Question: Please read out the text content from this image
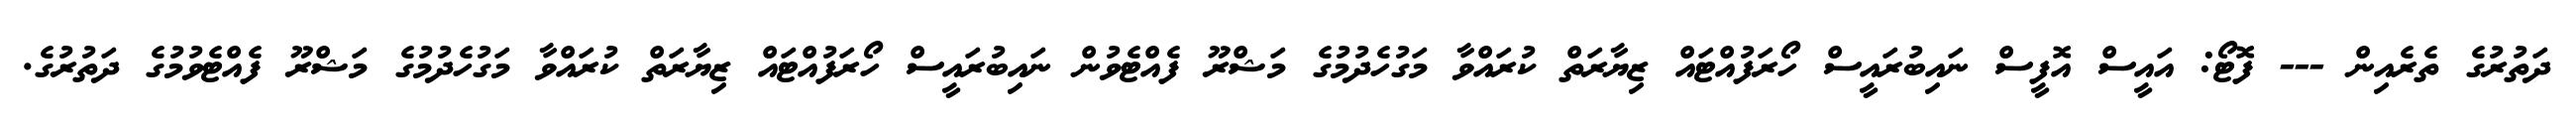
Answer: ދަތުރުގެ ތެރެއިން --- ފޮޓޯ: އައީސް އޮފީސް ނައިބުރައީސް ހޯރަފުއްޓައް ޒިޔާރަތް ކުރައްވާ މަގުހެދުމުގެ މަޝްރޫ ފެއްޓެވުން ނައިބުރައީސް ހޯރަފުއްޓައް ޒިޔާރަތް ކުރައްވާ މަގުހެދުމުގެ މަޝްރޫ ފެއްޓެވުމުގެ ދަތުރުގެ.